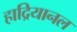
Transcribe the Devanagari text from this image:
हाद्रियानल